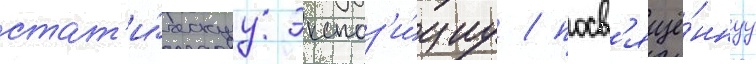
стат'и́ческуу экспоз'и́циу / посв'ящё́ннуу